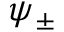
\psi _ { \pm }